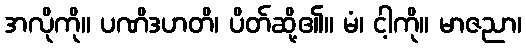
အလိုကို။ ပဏိဒဟတိ၊ ပိတ်ဆို့၏။ မံ၊ ငါ့ကို။ မာဇညာ၊